Vabadussoja_Ajaloo_Komitee, lk 23
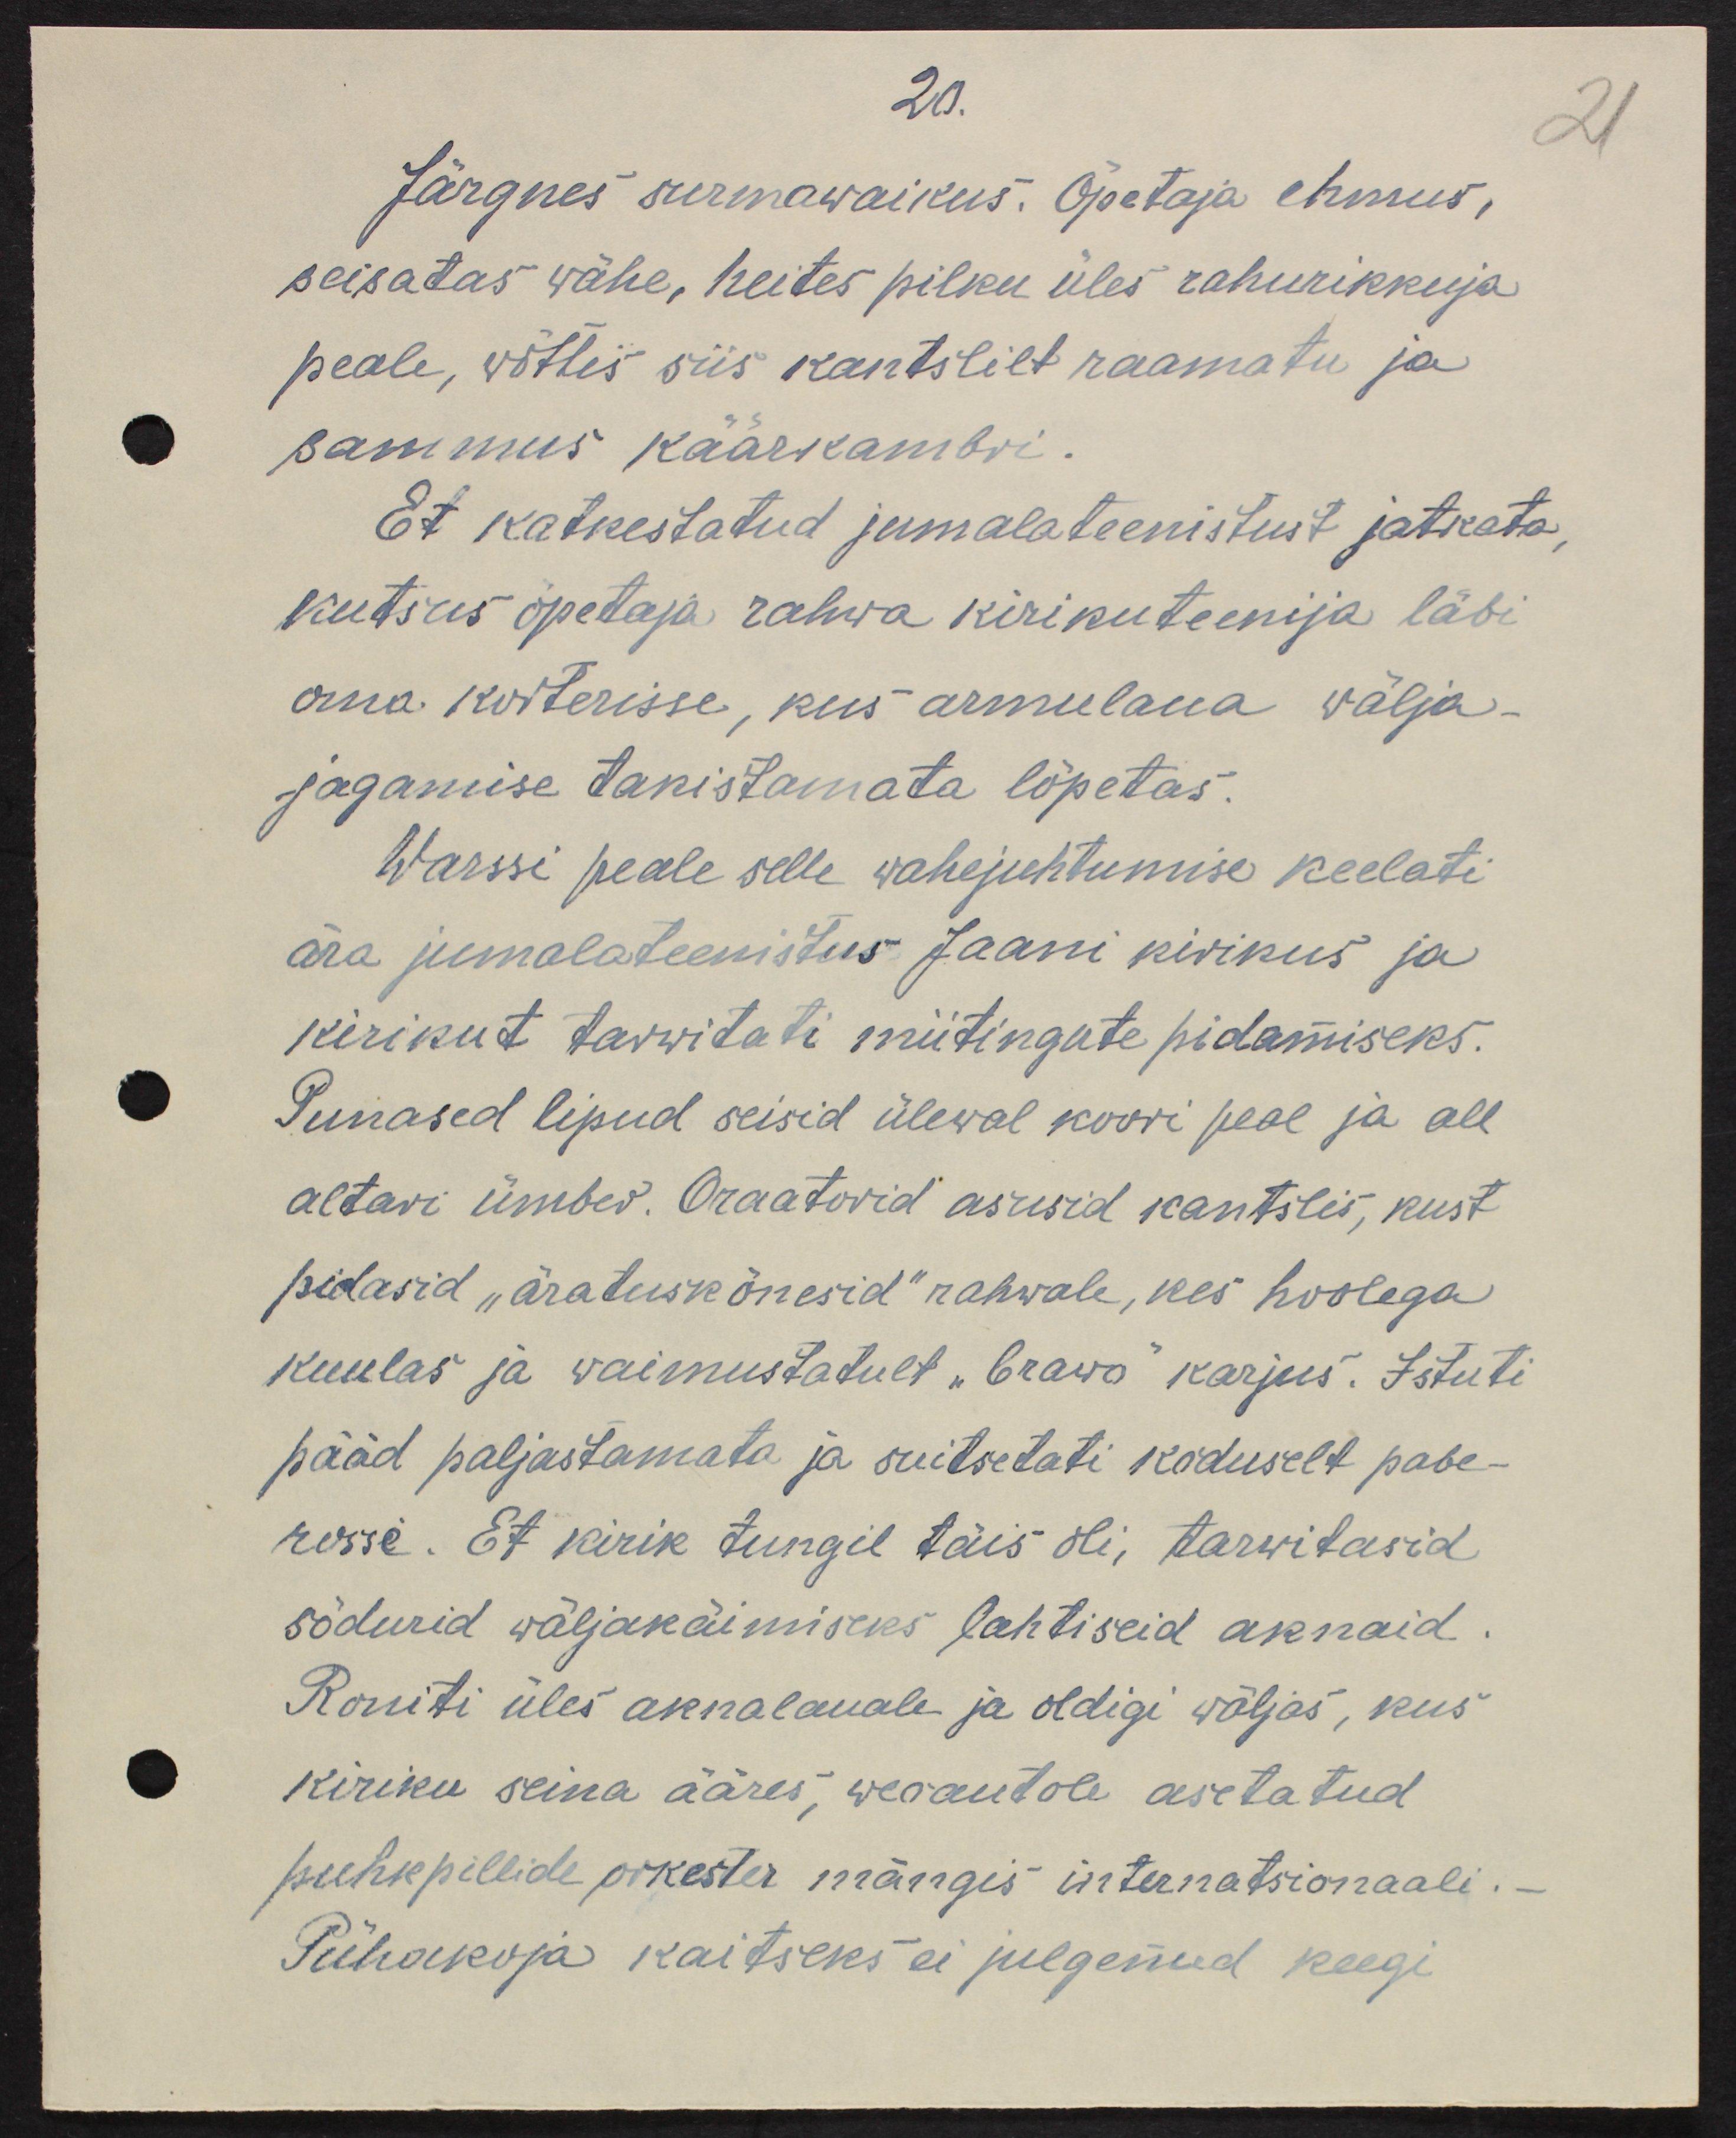
20.
Järgnes surmawaikus. Õpetaja ehmus, 
seisatas wähe, heites pilku üles rahurikkuja
peale, wõttis siis kantslilt raamatu ja
sammus käärkambri
Et katkestatud jumalateenistust jatkata,
kutsus õpetaja rahwa kirikuteenija läbi
oma korterisse, kus armulaua wälja-
jagamise takistamata lõpetas.
Warssi peale selle wahejuhtumise keelati
ära jumalateenistus Jaani kirikus ja 
kirikut tarwitati miitingute pidamiseks.
Punased lipud seisid ülewal koori peal ja all
altari ümber. Oraatorid asusid kantslis, kust
pidasid "äratuskõnesid" rahwale, kes hoolega
kuulas ja waimustatult "bravo" karjus. Istuti
pääd paljastamata ja suitsetati koduselt pabe-
rosse. Et kirik tungil täis oli, tarwitasid 
sõdurid wäljakäimiseks lahtiseid aknaid.
Roniti üles aknalauale ja oldigi wäljas, kus 
kiriku seina ääres, weoautole asetatud
puhkpillide orkester mängis internatsionaali.
Pühakoja kaitseks ei julgenud keegi